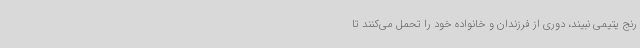
رنج یتیمی نبیند، دوری از فرزندان و خانواده خود را تحمل می‌کنند تا